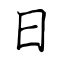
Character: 日